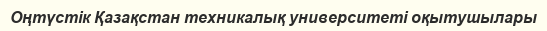
Оңтүстік Қазақстан техникалық университеті оқытушылары